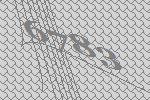
6783